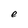
Character: e